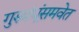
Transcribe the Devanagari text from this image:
गुरुबंधूंसमवेत